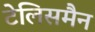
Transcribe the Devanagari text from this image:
टेलिसमैन